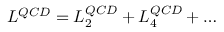
{ \cal L } ^ { Q C D } = { \cal L } _ { 2 } ^ { Q C D } + { \cal L } _ { 4 } ^ { Q C D } + \ldots